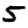
Digit: 5